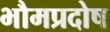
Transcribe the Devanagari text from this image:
भौमप्रदोष